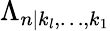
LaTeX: \Lambda_{n|k_{l},\ldots,k_{1}}